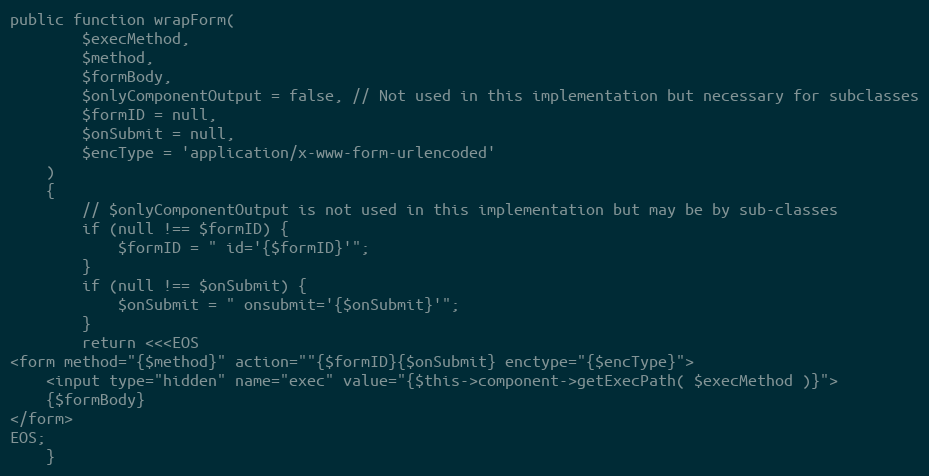
Language: PHP
public function wrapForm(
        $execMethod,
        $method,
        $formBody,
        $onlyComponentOutput = false, // Not used in this implementation but necessary for subclasses
        $formID = null,
        $onSubmit = null,
        $encType = 'application/x-www-form-urlencoded'
    )
    {
        // $onlyComponentOutput is not used in this implementation but may be by sub-classes
        if (null !== $formID) {
            $formID = " id='{$formID}'";
        }
        if (null !== $onSubmit) {
            $onSubmit = " onsubmit='{$onSubmit}'";
        }
        return <<<EOS
<form method="{$method}" action=""{$formID}{$onSubmit} enctype="{$encType}">
    <input type="hidden" name="exec" value="{$this->component->getExecPath( $execMethod )}">
    {$formBody}
</form>
EOS;
    }